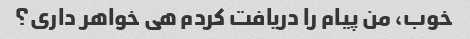
خوب، من پیام را دریافت کردم هی خواهر داری؟